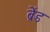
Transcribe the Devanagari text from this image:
ब्रेंड